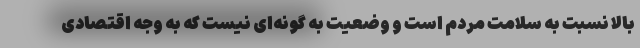
بالا نسبت به سلامت مردم است و وضعیت به گونه‌ای نیست که به وجه اقتصادی